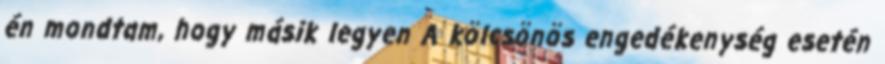
én mondtam, hogy másik legyen A kölcsönös engedékenység esetén